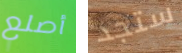
أصلع ستجد